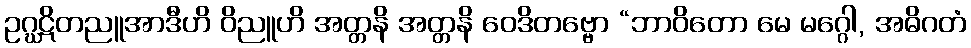
ဥဂ္ဃဋိတညူအာဒီဟိ ဝိညူဟိ အတ္တနိ အတ္တနိ ဝေဒိတဗ္ဗော “ဘာဝိတော မေ မဂ္ဂေါ, အဓိဂတံ